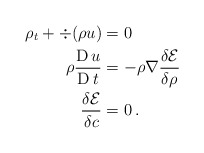
\begin{align*} \rho_t + \div(\rho u) &=0\\ \rho \frac{\operatorname{D} u}{\operatorname{D} t} &= - \rho \nabla \frac{\delta \mathcal{E}}{\delta \rho}\\ \frac{\delta \mathcal{E}}{\delta c} &= 0\, . \end{align*}